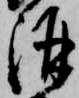
酒